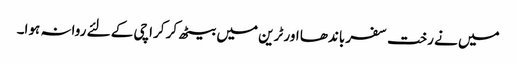
میں نے رخت سفر باندھا اور ٹرین میں بیٹھ کر کراچی کے لئے روانہ ہوا۔